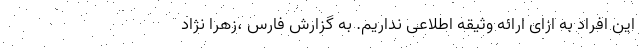
این افراد به ازای ارائه وثیقه اطلاعی نداریم. به گزارش فارس ،زهرا نژاد